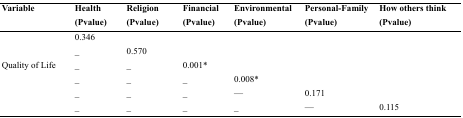
| Variable | Health (Pvalue) | Religion (Pvalue) | Financial (Pvalue) | Environmental (Pvalue) | Personal-Family (Pvalue) | How others think (Pvalue) |
 | --- | --- | --- | --- | --- | --- | --- |
 | <ROWSPAN=6> Quality of Life | 0.346 |  |  |  |  |  |
 | _ | 0.570 |  |  |  |  |
 | _ | _ | 0.001* |  |  |  |
 | _ | _ | _ | 0.008* |  |  |
 | _ | _ | _ | — | 0.171 |  |
 | _ | _ | _ | _ | — | 0.115 |